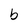
Character: b